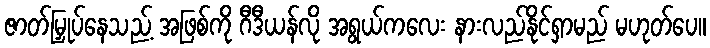
ဇာတ်မြှုပ်နေသည့် အဖြစ်ကို ဂီဒီယန်လို အရွယ်ကလေး နားလည်နိုင်ရှာမည် မဟုတ်ပေ။